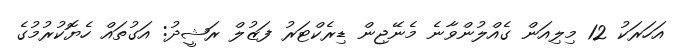
އަހަރަކު 12 މިލިއަން ގެއްލުންވާނެ މެނޭޖިން ޑިރެކްޓަރު ފަޒުލް ރަޝީދު: އަގުތައް ހެޔޮކުރުމުގެ